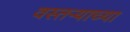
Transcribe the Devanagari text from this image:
वस्तऱ्याच्या